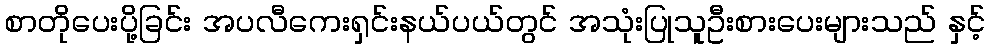
စာတိုပေးပို့ခြင်း အပလီကေးရှင်းနယ်ပယ်တွင် အသုံးပြုသူဦးစားပေးများသည် နှင့်